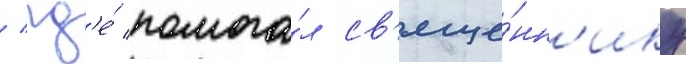
/ гд'е́ помога́л св'яще́нн'ику